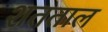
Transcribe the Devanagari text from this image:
शतताल